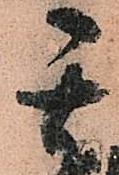
其